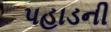
પહાડની